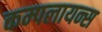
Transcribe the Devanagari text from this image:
कम्पलायन्स